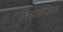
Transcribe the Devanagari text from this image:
जिओलॉजिकल